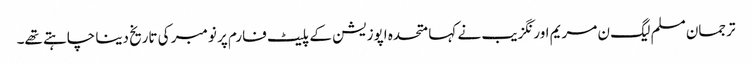
ترجمان مسلم لیگ ن مریم اورنگزیب نے کہا متحدہ اپوزیشن کے پلیٹ فارم پر نومبر کی تاریخ دینا چاہتے تھے۔